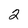
Character: 2